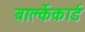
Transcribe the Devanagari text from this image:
बार्क्लेकार्ड